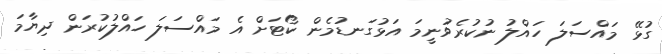
ގުޅޭ މައްސަލަ ހައްލު ނުކުރެވުނީމަ އަޅުގަނޑުމެން ކޯޓަށް އެ މައްސަލަ ހައްލުކުރަން ދިޔާމަ